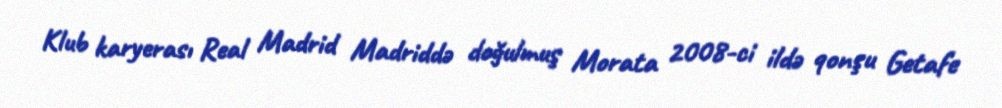
Klub karyerası Real Madrid Madriddə doğulmuş Morata 2008-ci ildə qonşu Getafe